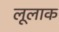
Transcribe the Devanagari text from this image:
लूलाक